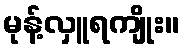
မုန့်လှူရကျိုး။